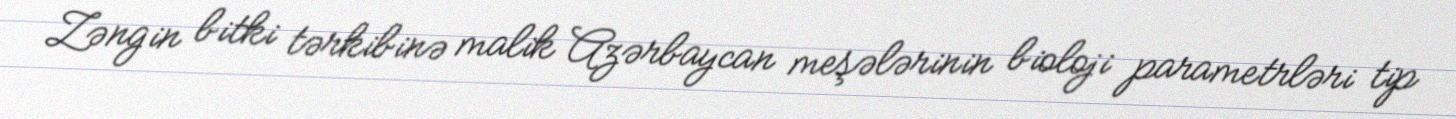
Zəngin bitki tərkibinə malik Azərbaycan meşələrinin bioloji parametrləri tip